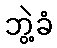
ဘွဲ့ခံ